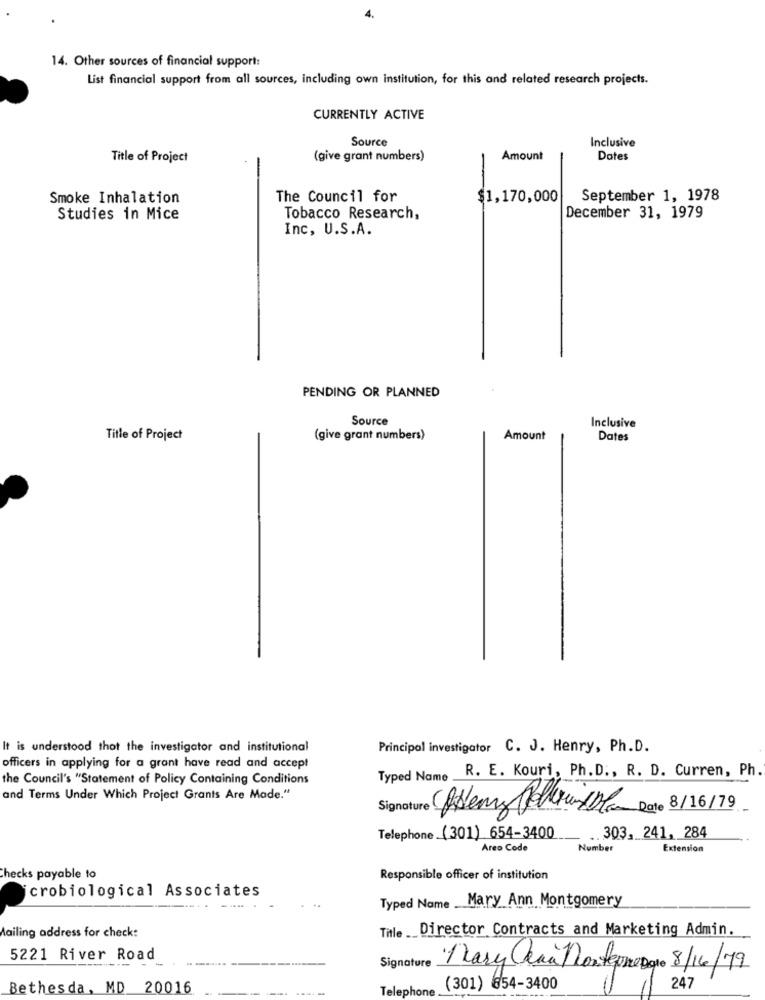
14. Other sources of financial support:
List financial support from all sources, including own institution, for this and related research projects.
CURRENTLY ACTIVE
Source
Inclusive
Title of Project
(give grant numbers)
Amount
Dates
Smoke Inhalation
The Council for
$1,170,000
September 1, 1978
Studies in Mice
Tobacco Research,
December 31, 1979
Inc, U.S.A.
PENDING OR PLANNED
Source
Inclusive
Title of Project
(give grant numbers)
Amount
Dates
It is understood that the investigator and institutional
Principal investigator C. J. Henry, Ph.D.
officers in applying for a grant have read and accept
R. E. Kouri, Ph.D ., R. D. Curren, Ph.
the Council's "Statement of Policy Containing Conditions
Typed Name
and Terms Under Which Project Grants Are Made."
Date 8/16/79
Telephone (301) 654-3400
303, 241, 284
Areo Code
Number
Extension
Checks payable to
Responsible officer of institution
icrobiological Associates
Typed Name . Mary Ann Montgomery
Mailing address for check:
Title __ Director Contracts and Marketing Admin.
5221 River Road
Signature
·Mary Qua Nontepne Date 8/16/79
Bethesda, MD 20016
Telephone
(301) 854-3400
247